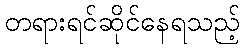
တရားရင်ဆိုင်နေရသည့်